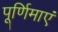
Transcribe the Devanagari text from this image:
पूर्णिमाएं